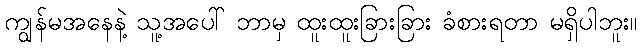
ကျွန်မအနေနဲ့ သူ့အပေါ် ဘာမှ ထူးထူးခြားခြား ခံစားရတာ မရှိပါဘူး။